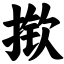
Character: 揿